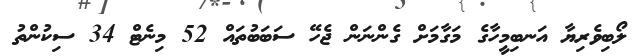
ލޯބިވެރިޔާ އަނބިމީހާގެ މަގާމަށް ގެންނަން ޖެހޭ ސަބަބުތައް 52 މިނެޓް 34 ސިކުންތު